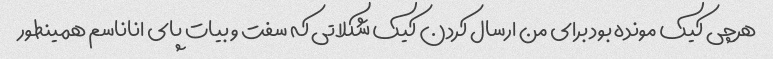
هرچی کیک مونده بود برای من ارسال کردن کیک شکلاتی که سفت و بیات پای اناناسم همینطور